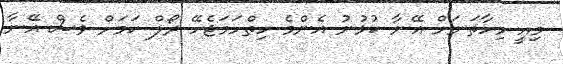
މިއީ މިހާތަނަށް އޭނާ ކުޅުނު އެންމެ ހިތްހަމަޖެހޭ ރޯލް ކަމަށް ވެސް އޭނާ